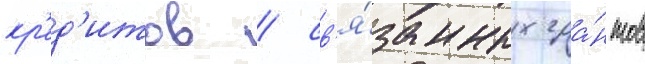
кр'ед'итов / св'я́занных гра́нтов